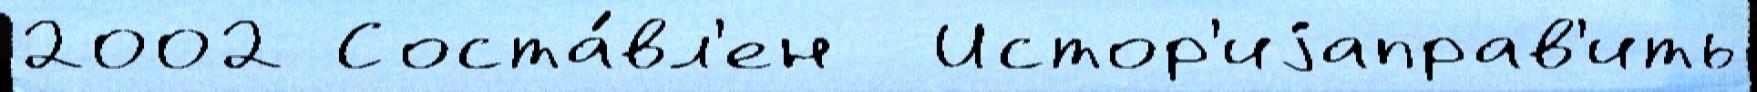
2002 Соста́вл'ен  Истор'иjаправ'ить